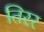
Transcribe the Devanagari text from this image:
तिरर